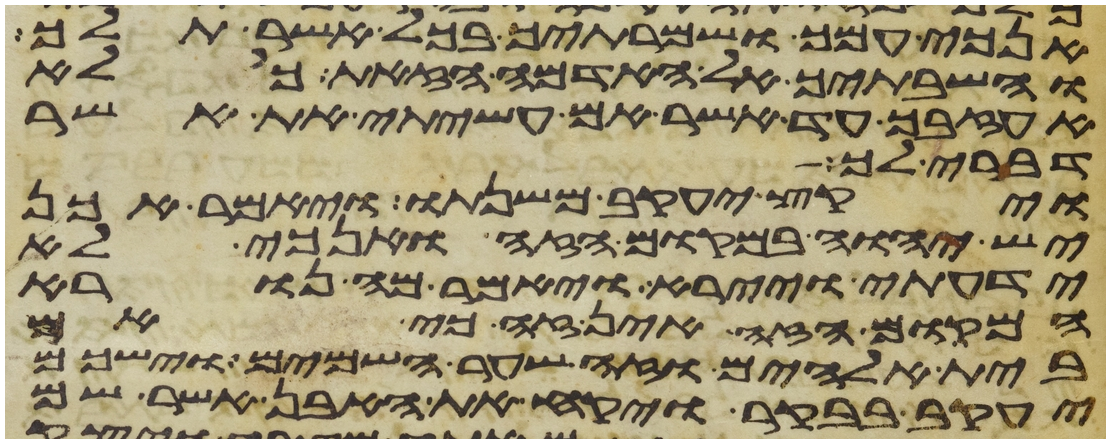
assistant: אנכי עמך ושמרתיך בכל אשר תלך
והשבתיך אל האדמה הזאת כי לא
אעזבך עד אשר אם עשיתי את אשר
דברתי לך
ויקץ יעקב משנתו ויאמר אכן
יש יהוה במקום הזה ואנכי לא
ידעתי ויירא ויאמר מה נורא
המקום הזה אין זה כי אם
בית אלהים וזה שער השמים וישכם
יעקב בבקר ויקח את האבן אשר שם